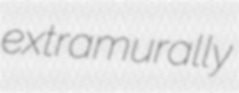
extramurally